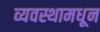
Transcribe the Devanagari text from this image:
व्यवस्थामधून